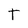
Character: T